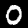
Label: 0